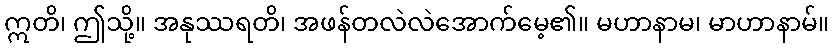
ဣတိ၊ ဤသို့။ အနုဿရတိ၊ အဖန်တလဲလဲအောက်မေ့၏။ မဟာနာမ၊ မာဟာနာမ်။